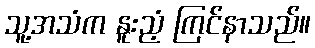
သူ့အသံက နူးညံ့ ကြင်နာသည်။